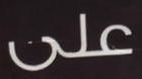
على